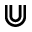
\Cup